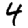
Digit: 4